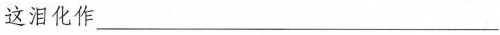
这泪化作___